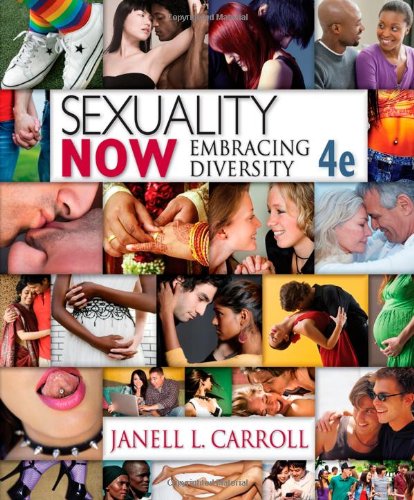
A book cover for Sexuality Now: Embracing Diversity, 4th Edition; Janell L. Carroll; Health, Fitness & Dieting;